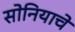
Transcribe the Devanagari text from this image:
सोनियाचे